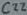
Text: C22